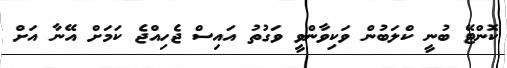
ކޮންޓޭ ބުނީ ކްލަބުން ވަކިވާންވީ ވަގުތު އައިސް ޖެހިއްޖެ ކަމަށް އޭނާ އަށް